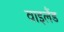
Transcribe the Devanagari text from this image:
वाइलैंड